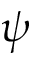
\psi